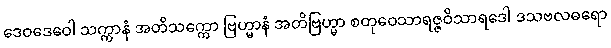
ဒေဝဒေဝေါ သက္ကာနံ အတိသက္ကော ဗြဟ္မာနံ အတိဗြဟ္မာ စတုဝေသာရဇ္ဇဝိသာရဒေါ ဒသဗလဓရော